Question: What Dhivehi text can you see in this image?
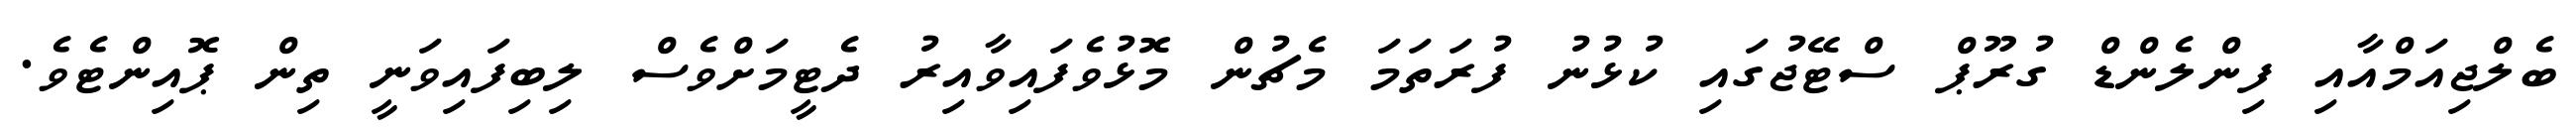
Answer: ބެލްޖިއަމްއާއި ފިންލެންޑް ގުރޫޕް ސްޓޭޖުގައި ކުޅުނު ފުރަތަމަ މެޗުން މޮޅުވެފައިވާއިރު ދެޓީމަށްވެސް ލިބިފައިވަނީ ތިން ޕޮއިންޓެވެ.